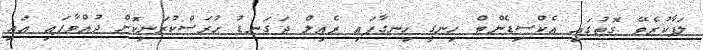
ލަފާކުރެވޭ ގޮތުގައި އެކްސިޑެންޓް ހިނގީ ހިނގާފައި ރެއިލް ދަގަނޑު ހުރަސްކުރަނިކޮށް ދުއްވާފައި އައި